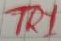
Text: TR1